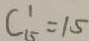
C _ { 1 5 } ^ { 1 } = 1 5